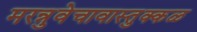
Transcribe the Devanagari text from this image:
मरन्नुवेचावास्तुक्कळ